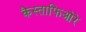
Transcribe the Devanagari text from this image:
कैस्ताफिओरे